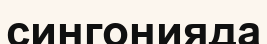
сингонияда